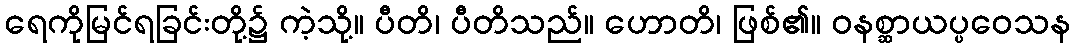
ရေကိုမြင်ရခြင်းတို့၌ ကဲ့သို့။ ပီတိ၊ ပီတိသည်။ ဟောတိ၊ ဖြစ်၏။ ဝနစ္ဆာယပ္ပဝေသန